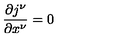
\frac { \partial j ^ { \nu } } { \partial x ^ { \nu } } = 0